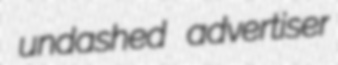
undashed advertiser